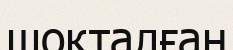
шоқталған